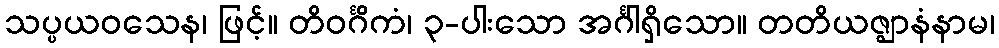
သပ္ပယဝသေန၊ ဖြင့်။ တိဝင်္ဂိကံ၊ ၃-ပါးသော အင်္ဂါရှိသော။ တတိယဇ္ဈာနံနာမ၊